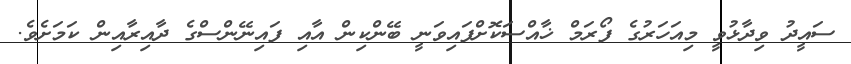
ސައީދު ވިދާޅުވީ މިއަހަރުގެ ފޯރަމް ޚާއްސަކޮށްފައިވަނީ ބޭންކިން އާއި ފައިނޭންސްގެ ދާއިރާއިން ކަމަށެވެ.